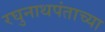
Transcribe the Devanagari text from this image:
रघुनाथपंताच्या